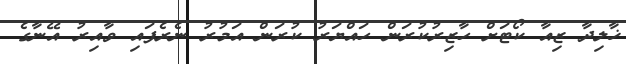
ޚާލިދާ ޒިއާ ކޯޓަށް ހާޒިރުކުރަން ހައްޔަރު ކުރަން އަމުރު ނެރެފައި ވާއިރު އޭނާގެ